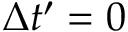
\Delta t ^ { \prime } = 0